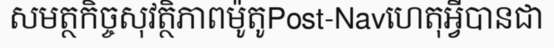
សមត្ថកិច្ចសុវត្ថិភាពម៉ូតូPost-Navហេតុអ្វីបានជា